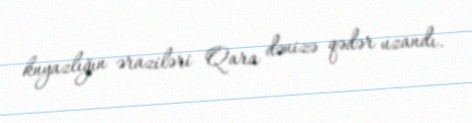
knyazlığın əraziləri Qara dənizə qədər uzandı.